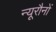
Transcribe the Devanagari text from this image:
न्यूरौनों